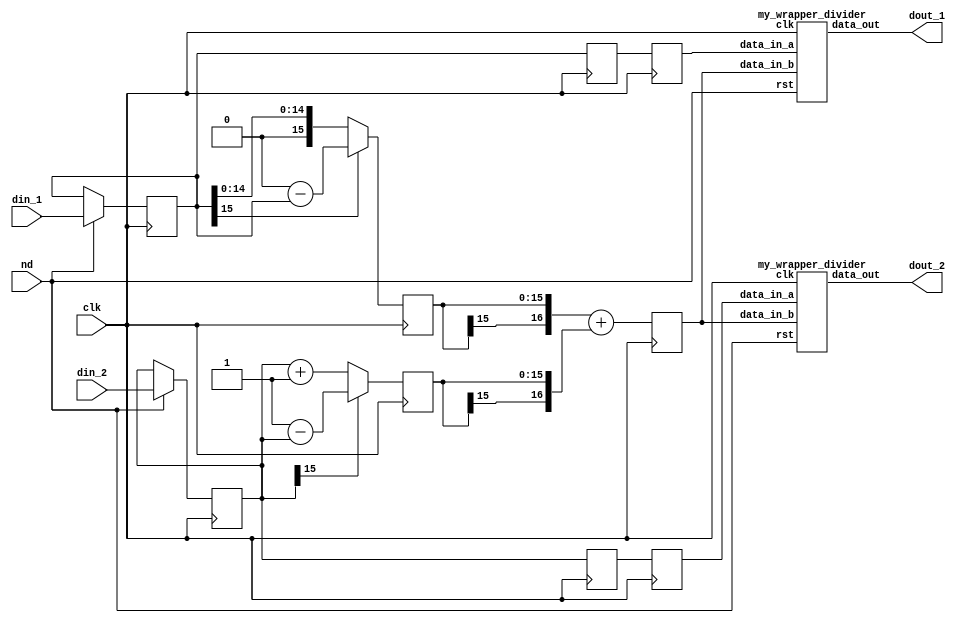

module wrapper_norm (clk, nd, din_1, din_2, dout_1, dout_2);

   parameter sh_reg_w  = 4'b1000;
   input clk; 
   input nd; 
   input[15:0] din_1; 
   input[15:0] din_2; 
   output[sh_reg_w - 1:0] dout_1; 
   wire[sh_reg_w - 1:0] dout_1;
   output[sh_reg_w - 1:0] dout_2; 
   wire[sh_reg_w - 1:0] dout_2;

   reg[15:0] din_1_reg; 
   reg[15:0] din_2_reg; 
   reg[15:0] din_1_tmp1; 
   reg[15:0] din_2_tmp1; 
   reg[15:0] din_1_tmp2; 
   reg[15:0] din_2_tmp2; 
   reg[15:0] addin_1; 
   reg[15:0] addin_2; 
   reg[16:0] add_out; 

   my_wrapper_divider my_div_inst_1 (nd, clk, din_1_tmp2, add_out, dout_1); 
   my_wrapper_divider my_div_inst_2 (nd, clk, din_2_tmp2, add_out, dout_2); 

   always @(posedge clk)
   begin
         if (nd == 1'b1)
         begin
            din_1_reg <= din_1 ; 
            din_2_reg <= din_2 ; 
         end 
         else
         begin
            din_1_reg <= din_1_reg ; 
            din_2_reg <= din_2_reg; 
         end 
         din_1_tmp1 <= din_1_reg ; 
         din_1_tmp2 <= din_1_tmp1 ; 
         din_2_tmp1 <= din_2_reg ; 
         din_2_tmp2 <= din_2_tmp1 ; 
         if ((din_1_reg[15]) == 1'b0)
         begin
            addin_1 <= din_1_reg ; 
         end
         else
         begin
            addin_1 <= 16'b0000000000000000 - din_1_reg ; 
         end 
         if ((din_2_reg[15]) == 1'b0)
         begin
            addin_2 <= din_2_reg + 16'b0000000000000001 ; 
         end
         else
         begin
            addin_2 <= 16'b0000000000000001 - din_2_reg ; 
         end 
         add_out <= ({addin_1[15], addin_1}) + ({addin_2[15], addin_2}) ; 
   end 
endmodule

module my_wrapper_divider(rst, clk, data_in_a, data_in_b, data_out);
	parameter INPUT_WIDTH_A = 5'b10000;
	parameter INPUT_WIDTH_B = 5'b10001;
	parameter OUTPUT_WIDTH = 4'b1000;

	parameter S1 = 2'b00;
	parameter S2 = 2'b01;
	parameter S3 = 2'b10;
	parameter S4 = 2'b11;

	input rst;
	input clk;
	input [INPUT_WIDTH_A-1:0]data_in_a;
	input [INPUT_WIDTH_B-1:0]data_in_b;
	output [OUTPUT_WIDTH-1:0]data_out;
	wire [OUTPUT_WIDTH-1:0]data_out;

	wire [OUTPUT_WIDTH-1:0]Remainder;

	reg start, LA, EB;
	wire Done;
	reg[1:0] y, Y;

	my_divider my_divider_inst(clk, rst, start, LA, EB, data_in_a, data_in_b, Remainder, data_out, Done);

	always @(posedge clk)
	begin
		if (rst == 0)
			y <= S1;
		else
			y <= Y;
	end

	always @(y)
	begin
		case (y)
			S1 :
			begin	
				LA = 0;
				EB = 0;
				start = 0;
				Y = S2;
			end
			S2 : 
			begin
				LA = 1;
				EB = 1;
				start = 0;
				Y = S3;
			end
			S3 : 
			begin
				LA = 0;
				EB = 0;
				start = 1;
				Y = S4;
			end
			S4 : 
			begin
				LA = 0;
				EB = 0;
				start = 0;
				if (Done == 1'b1)
				begin
					Y = S1;
				end
				else
				begin
					Y = S4;
				end
			end
		endcase
	end
endmodule
module my_divider(clk, rst, start, LA, EB, data_in_a, data_in_b, Remainder, data_out, Done);

	parameter INPUT_WIDTH_A = 5'b10000;
	parameter INPUT_WIDTH_B = 5'b10001;
	parameter OUTPUT_WIDTH = 4'b1000;
	parameter LOGN = 3'b100;

	parameter S1 = 2'b00;
	parameter S2 = 2'b01;
	parameter S3 = 2'b10;

	input clk;
	input [INPUT_WIDTH_A-1:0]data_in_a;
	input [INPUT_WIDTH_B-1:0]data_in_b;
	input rst;
	input start;
	input LA;
	input EB;
	output [OUTPUT_WIDTH-1:0]data_out;
	wire [OUTPUT_WIDTH-1:0]data_out;
	output [OUTPUT_WIDTH-1:0]Remainder;
	reg [OUTPUT_WIDTH-1:0]Remainder;
	output Done;
	reg Done;

	wire Cout, zero;
	wire [INPUT_WIDTH_A-1:0] Sum;
	reg [1:0] y, Y;
	reg [LOGN-1:0] Count;
	reg EA, Rsel, LR, ER, ER0, LC, EC;
	reg [INPUT_WIDTH_B-1:0] RegB;
	reg [INPUT_WIDTH_A-1:0] DataA;
	reg ff0;

	always @(start or y or zero)
	begin
		case(y)
			S1:
			begin
				if (start == 0)
					Y = S1;
				else
					Y = S2;
			end
			S2:
			begin
				if (zero == 0)
					Y = S2;
				else
					Y = S3;
			end
			S3:
			begin
				if (start == 1)
					Y = S3;
				else
					Y = S1;
			end
			default:
			begin
				Y = 2'b00;
			end
		endcase
	end

	always @(posedge clk)
	begin
		if (rst == 0)
			y <= S1;
		else
			y <= Y;
	end

	always @(y or start or Cout or zero)
	begin
		case (y)
			S1:
			begin
				LC = 1;
				ER = 1;
				EC = 0;
				Rsel = 0;
				Done = 0;
				if (start == 0)
				begin
					LR = 1;
					ER0 = 1;
					EA = 0;
				end	
				else
				begin
					LR = 0; 
					EA = 1;
					ER0 = 1;
				end
			end
			S2:
			begin
				LC = 0;
				ER = 1;
				Rsel = 1;	
				Done = 0;
				ER0 = 1;
				EA = 1;
				if (Cout)
					LR = 1;
				else
					LR = 0;
				if (zero == 0)
					EC = 1;
				else
					EC = 0;
			end
			S3:
			begin
				Done = 1;
				LR = 0;
				LC = 0;
				ER = 0;
				EC = 0;
				Rsel = 0;
				ER0 = 0;
				EA = 0;
			end
			default:
			begin
				Done = 0;
				LR = 0;
				LC = 0;
				ER = 0;
				EC = 0;
				Rsel = 0;
				ER0 = 0;
				EA = 0;
			end
		endcase
	end	

	always @(posedge clk)
	begin
		if (rst == 1)
		begin
			RegB <= 0;
			Remainder <= 0;
			DataA <= 0;
			ff0 <= 0;
			Count <= 0;
		end	
		else
		begin
			if (EB == 1)
			begin
				RegB <= data_in_b;
			end
			else
			begin
				RegB <= RegB;
			end

			if (LR == 1)
			begin
				Remainder <= Rsel ? Sum : 0;
			end
			else if (ER == 1)
			begin
				Remainder <= (Remainder << 1) | ff0;
			end
			else
			begin
				Remainder <= Remainder;
			end

			if (LA == 1)
			begin
				DataA <= data_in_a;
			end
			else if (EA == 1)
			begin
				DataA <= (DataA << 1) | Cout;
			end
			else
			begin
				DataA <= DataA;
			end

			if (ER0 == 1)
			begin
				ff0 <=  DataA[INPUT_WIDTH_A-1];
			end
			else
			begin
				ff0 <= 0;
			end

			if (LC == 1)
			begin
				Count <= 0;
			end
			else if (EC == 1)
			begin
				Count <= Count + 1;
			end
			else
			begin
				Count <= Count;
			end
		end
	end	

	assign zero = (Count == 0);
	assign Sum = {Remainder, ff0} + (~RegB + 1);
	assign Cout = Sum[INPUT_WIDTH_A-1:0];
	assign data_out = DataA; 

endmodule